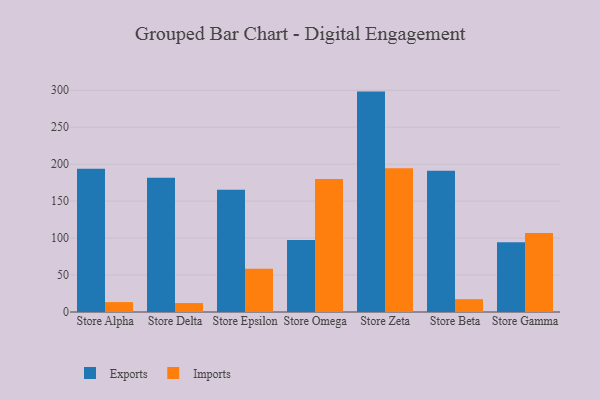
{"axis": {"x": "Store", "y": "Energy Usage (MWh)"}, "legend": ["Exports", "Imports"], "data": [{"x": "Store Alpha", "y": 193.7, "type": "Exports"}, {"x": "Store Alpha", "y": 13.4, "type": "Imports"}, {"x": "Store Delta", "y": 181.7, "type": "Exports"}, {"x": "Store Delta", "y": 12.1, "type": "Imports"}, {"x": "Store Epsilon", "y": 165.5, "type": "Exports"}, {"x": "Store Epsilon", "y": 58.6, "type": "Imports"}, {"x": "Store Omega", "y": 97.3, "type": "Exports"}, {"x": "Store Omega", "y": 179.9, "type": "Imports"}, {"x": "Store Zeta", "y": 298.2, "type": "Exports"}, {"x": "Store Zeta", "y": 194.5, "type": "Imports"}, {"x": "Store Beta", "y": 191.2, "type": "Exports"}, {"x": "Store Beta", "y": 17.4, "type": "Imports"}, {"x": "Store Gamma", "y": 94.3, "type": "Exports"}, {"x": "Store Gamma", "y": 106.8, "type": "Imports"}]}